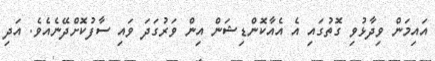
އައިމަން ވިދާޅުވި ގޮތުގައި އެ އެއާކޮންޑިޝަން އިން ވަރުގަދަ ވައި ސާފުކޮށްދޭނެއެވެ. އަދި